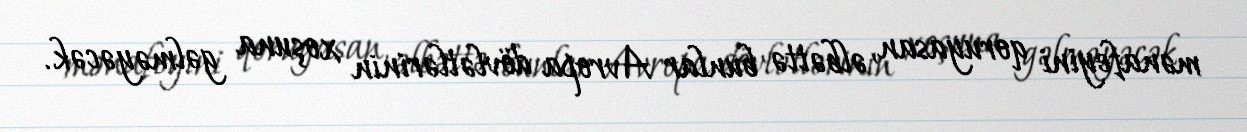
mənafeyini qoruyasan, əlbəttə bunlar Avropa dövlətlərinin xoşuna gəlməyəcək.